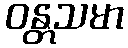
ဝန္တသမာ